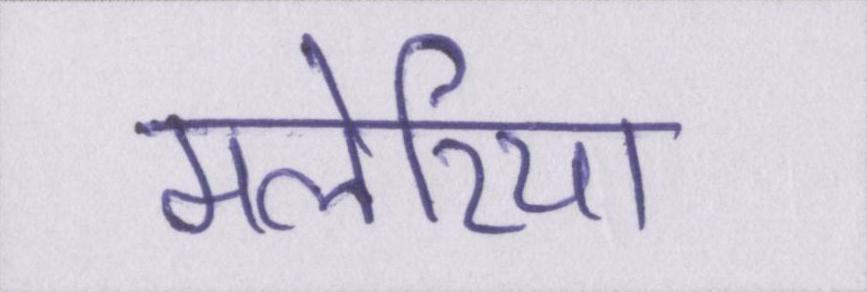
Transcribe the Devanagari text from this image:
मलेरिया